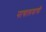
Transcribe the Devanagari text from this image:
नायालयाची